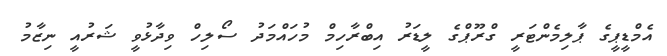
އެމްޑީޕީގެ ޕާލިމެންޓަރީ ގްރޫޕްގެ ލީޑަރު އިބްރާހިމް މުހައްމަދު ސޯލިހް ވިދާޅުވީ ޝަރުއީ ނިޒާމު